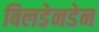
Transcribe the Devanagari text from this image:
बिलडेनडेन